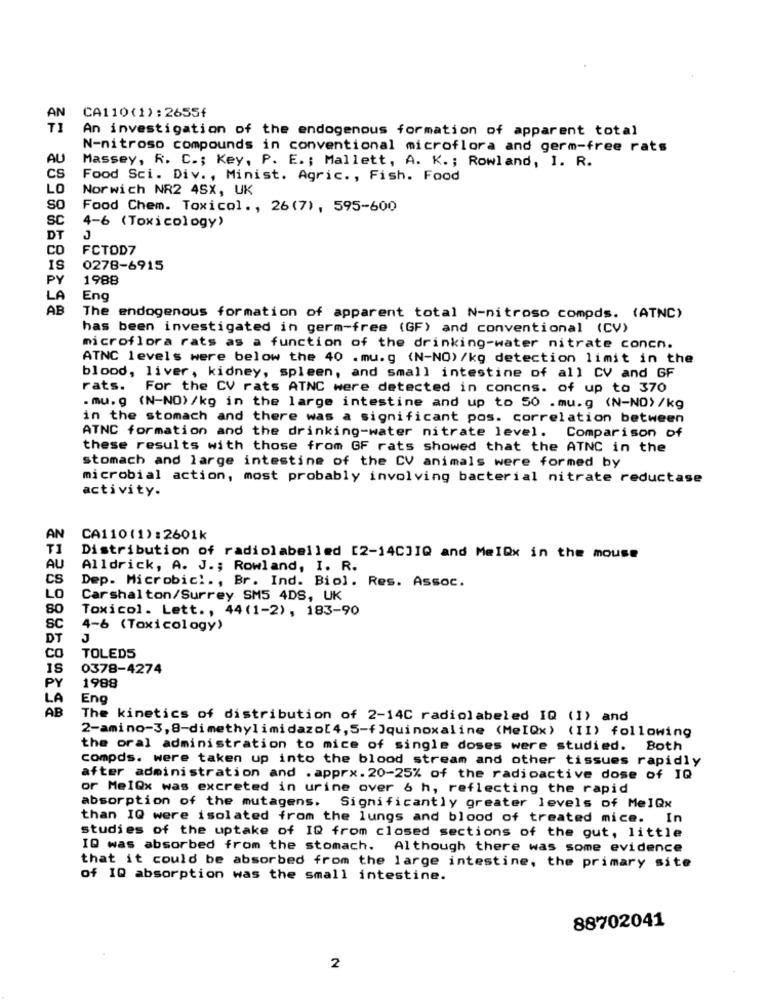
AN
CA110(1):2655f
T1
An investigation of the endogenous formation of apparent total
N-nitroso compounds in conventional microflora and germ-free rats
AU
Massey, R. C .; Key, P. E. ; Mallett, A. K. ; Rowland, 1. R.
CS
Food Sci. Div ., Minist. Agric ., Fish. Food
LO
Norwich NR2 45X, UK
SO
Food Chem. Toxicol ., 26(7), 595-600
Sc
4-6 (Toxicology)
DT
J
co
FCTOD7
IS
0278-6915
PY
1988
LA
Eng
AB
The endogenous formation of apparent total N-nitroso compds. (ATNC)
has been investigated in germ-free (GF) and conventional (CV)
microflora rats as a function of the drinking-water nitrate concn.
ATNC levels were below the 40 . mu.g (N-NO) /kg detection limit in the
blood, liver, kidney, spleen, and small intestine of all CV and GF
rats.
For the CV rats ATNC were detected in concns. of up to 370
.mu. g (N-NO)/kg in the large intestine and up to 50 .mu.g (N-NO) /kg
in the stomach and there was a significant pos. correlation between
ATNC formation and the drinking-water nitrate level. Comparison of
these results with those from GF rats showed that the ATNC in the
stomach and large intestine of the CV animals were formed by
microbial action, most probably involving bacterial nitrate reductase
activity.
AN
CA110(1):2601k
TI
Distribution of radiolabelled [2-14CJIQ and MeIQx in the mouse
AU
Alldrick, A. J .; Rowland, I. R.
CS
Dep. Microbici ., Br. Ind. Biol. Res. Assoc.
LO
Carshalton/Surrey SM5 4DS, UK
80
Toxicol. Lett ., 44(1-2), 183-90
SC
4-6 (Toxicology)
DT
J
CO
TOLEDS
0378-4274
PY
1988
LA
Eng
AB
The kinetics of distribution of 2-14C radiolabeled IQ (I) and
2-amino-3, 8-dimethylimidazo[4, 5-f)quinoxaline (MeIQx) (II) following
the oral administration to mice of single doses were studied. Both
compds. were taken up into the blood stream and other tissues rapidly
after administration and . apprx. 20-25% of the radioactive dose of IQ
or MelQx was excreted in urine over 6 h, reflecting the rapid
absorption of the mutagens. Significantly greater levels of MelQx
than IQ were isolated from the lungs and blood of treated mice. In
studies of the uptake of IQ from closed sections of the gut, little
IQ was absorbed from the stomach. Although there was some evidence
that it could be absorbed from the large intestine, the primary site
of IQ absorption was the small intestine.
88702041
2